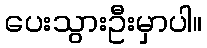
ပေးသွားဦးမှာပါ။